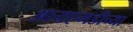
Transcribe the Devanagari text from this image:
आयएमडीच्या